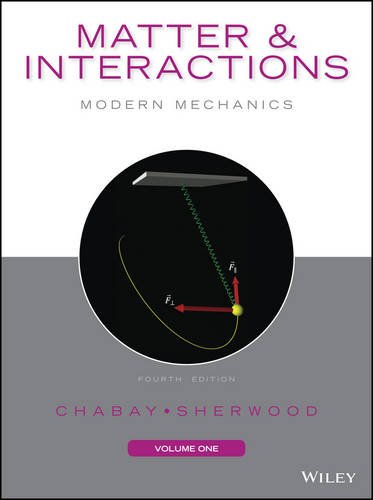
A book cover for Matter and Interactions, Volume I: Modern Mechanics; Ruth W. Chabay; Science & Math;